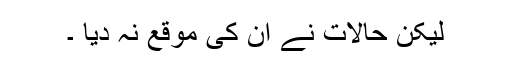
لیکن حالات نے ان کی موقع نہ دیا ۔